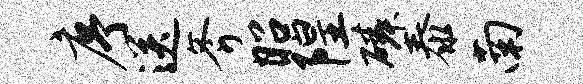
序送斧昭隍磷泰南